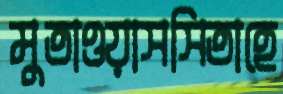
মুতাওয়াসসিতাহে